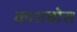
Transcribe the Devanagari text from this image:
काराबोस